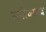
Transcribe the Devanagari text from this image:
मनोवसाद